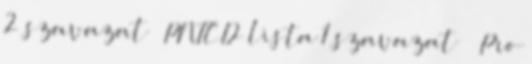
2 szavazat – PNTCD lista 1 szavazat – „Pro